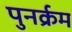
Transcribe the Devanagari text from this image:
पुनर्क्रम